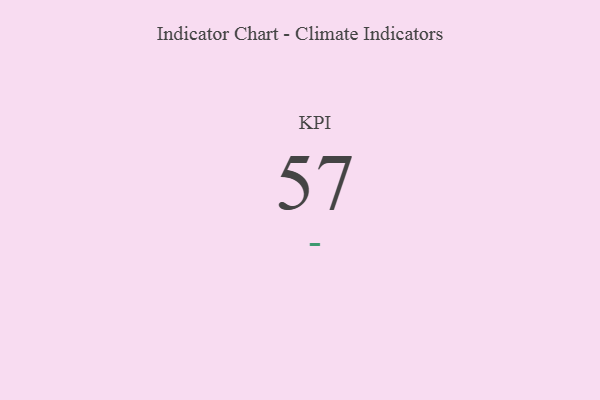
{"axis": {"x": "KPI", "y": "Value"}, "legend": [""], "data": [{"x": "KPI", "y": 57, "type": ""}]}